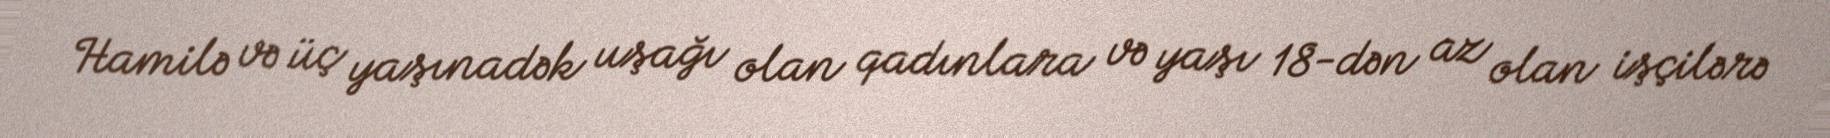
Hamilə və üç yaşınadək uşağı olan qadınlara və yaşı 18-dən az olan işçilərə